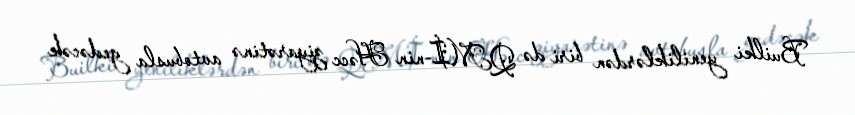
Builki yeniliklərdən biri də QMİ-nin Həcc ziyarətinə avtobusla gedəcək